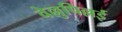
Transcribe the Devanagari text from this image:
वेल्लुपिल्लई